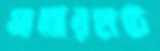
মাঝেরহাটে